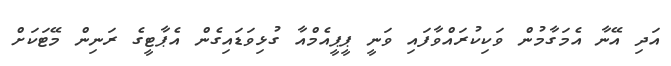
އަދި އޭނާ އެމަގާމުން ވަކިކުރައްވާފައި ވަނީ ޕީޕީއެމްއާ ގުޅިވަޑައިގެން އެޕާޓީގެ ރަނިން މޭޓަކަށް